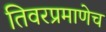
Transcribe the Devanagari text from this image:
तिवरप्रमाणेच